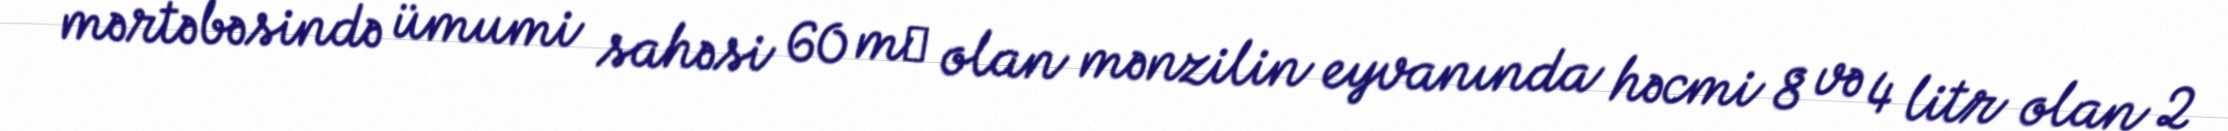
mərtəbəsində ümumi sahəsi 60 m² olan mənzilin eyvanında həcmi 8 və 4 litr olan 2